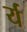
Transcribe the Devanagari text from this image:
र्य